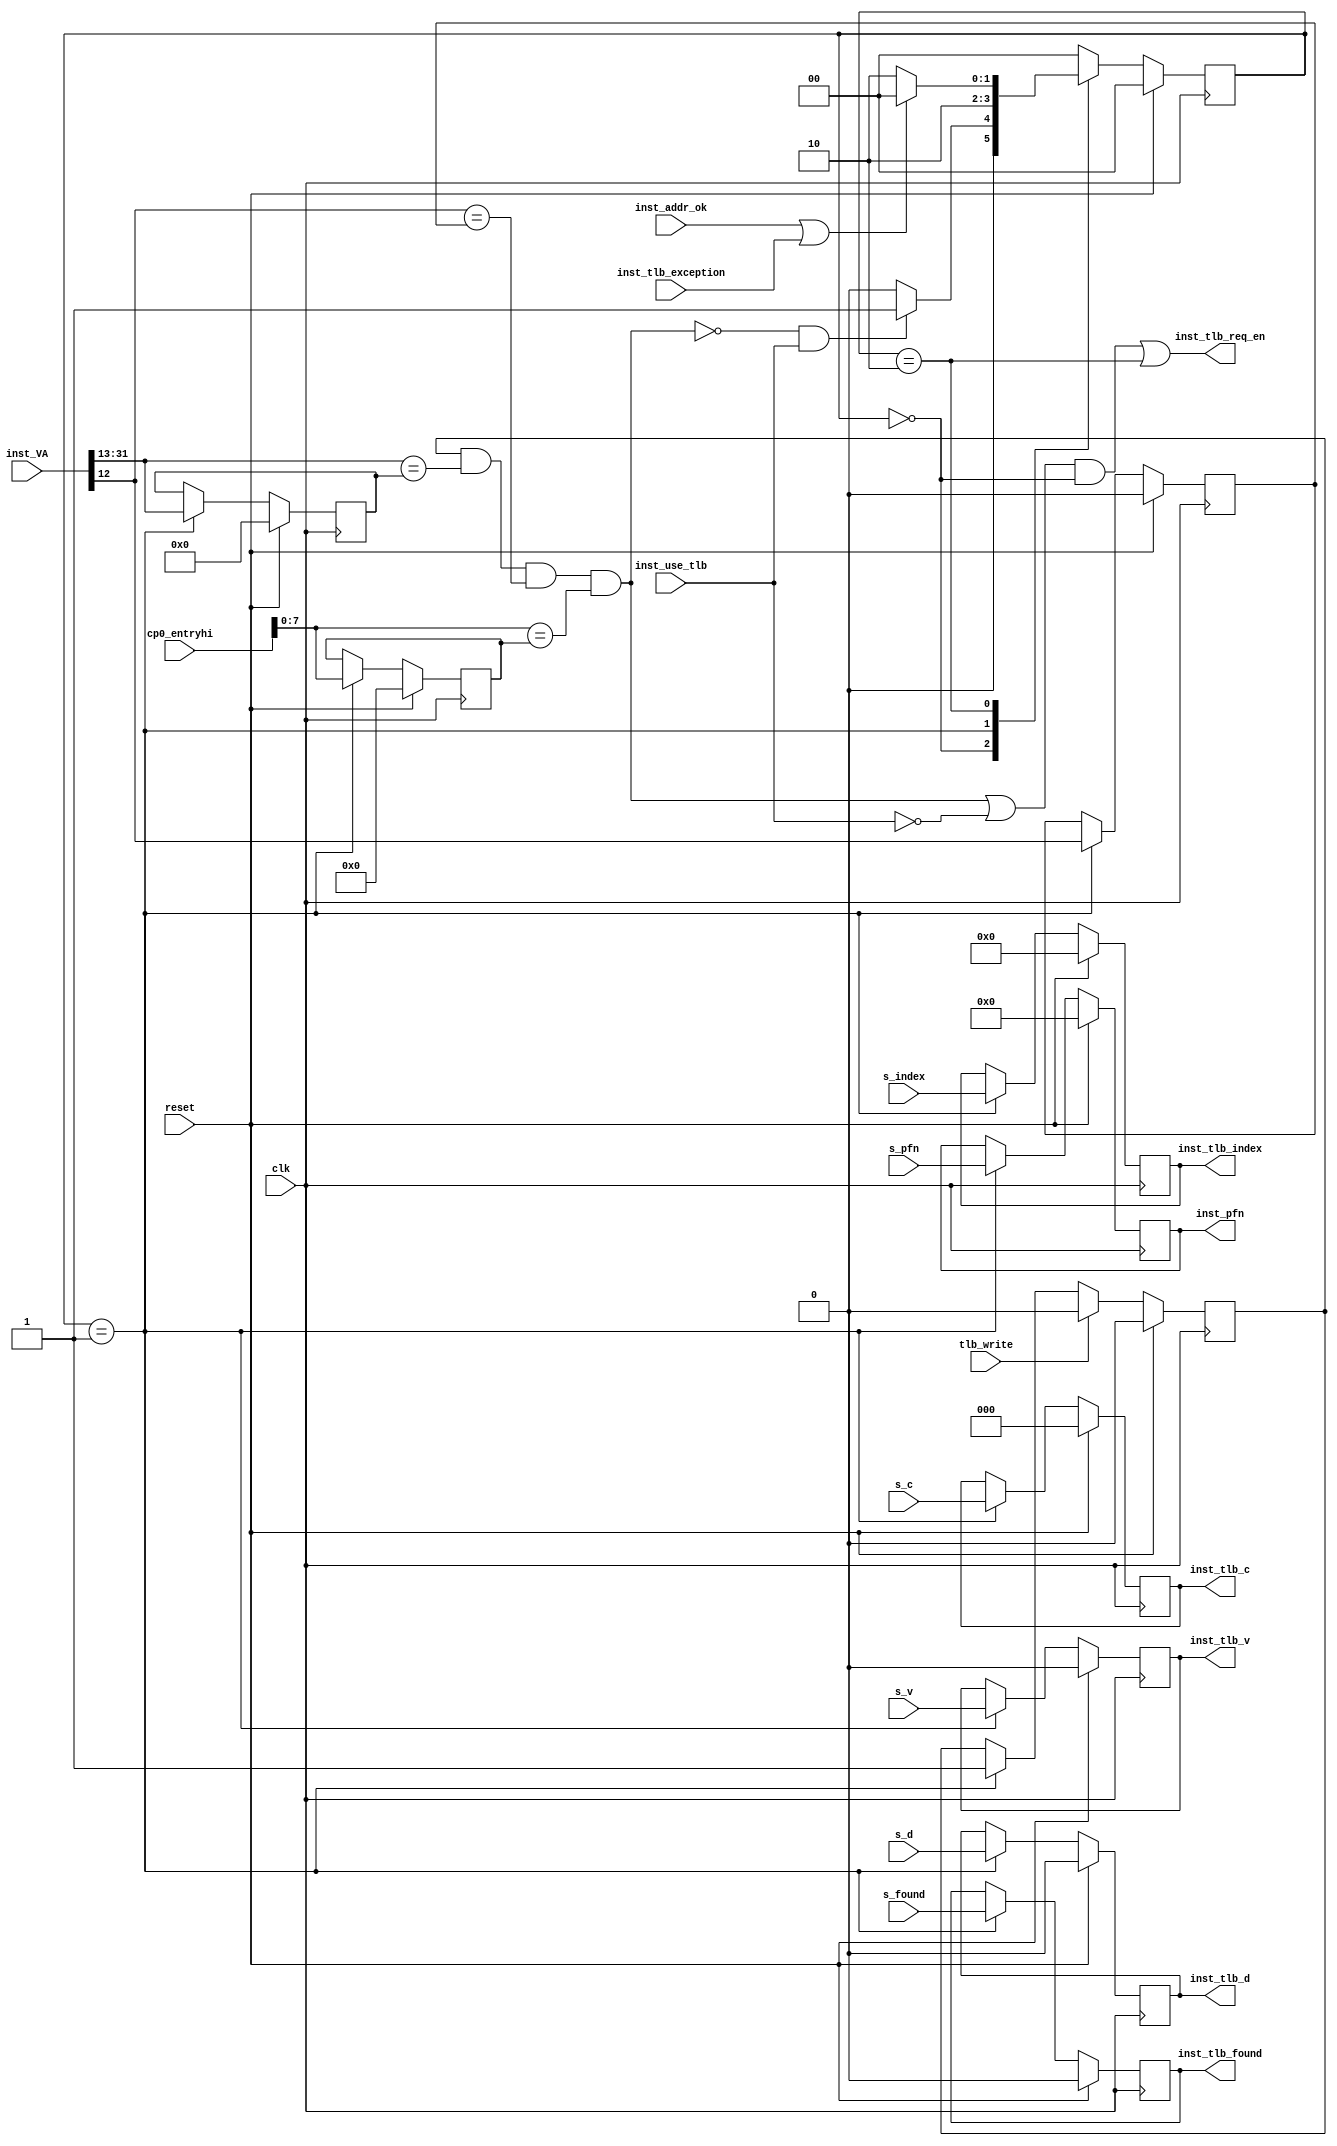
module tlb_cache
(
    input         reset,
    input         clk,
    
    input  [ 3:0] s_index,
    input         s_found,
    input  [19:0] s_pfn,
    input  [2:0]  s_c,
    input         s_d,
    input         s_v,

    input  [31:0] inst_VA,
    input  [31:0] cp0_entryhi,
    output        inst_tlb_req_en,
    input         inst_addr_ok,
    input         inst_tlb_exception,
    input         inst_use_tlb,

    input          tlb_write,

    output [19 :0] inst_pfn,
    output [ 2: 0] inst_tlb_c,
    output [ 3: 0] inst_tlb_index,
    output         inst_tlb_v,
    output         inst_tlb_d,
    output         inst_tlb_found
);

reg [1 :0] state;
reg [1 :0] nextstate;
reg [18:0] vpn2;
reg [ 3:0] index;
reg odd_page;
reg [7 :0] asid;
reg [19 :0] pfn;
reg [2 :0] tlb_c;
reg tlb_v;
reg tlb_d;
reg tlb_found;
reg tlb_valid;

wire tlb_hit;
assign tlb_hit = tlb_valid & (inst_VA[31:13] == vpn2) & (inst_VA[12] == odd_page) & (cp0_entryhi[7:0] == asid);

always @(posedge clk) begin
    if(reset)   state <= 2'd0;
    else state <= nextstate;
end


always @(*) begin
    case(state) 
    2'b00:  nextstate = (!tlb_hit & inst_use_tlb) ? 2'b01 : 2'b00;
    2'b01:  nextstate = 2'b10;
    2'b10:  nextstate = (inst_addr_ok|inst_tlb_exception) ? 2'b00 : 2'b10;
    default:nextstate = 2'b00;
    endcase
end

always @(posedge clk)
begin
    if(reset) tlb_valid <= 1'b0;
    else if (tlb_write) tlb_valid <= 1'b0;
    else if (state == 2'b01) tlb_valid <= 1'b1;
end

always @(posedge clk)
begin
    if(reset) 
    begin
        vpn2 <= 19'd0;
        odd_page <= 1'b0;
        asid <= 8'd0;
        index <= 4'd0;
        pfn <= 20'd0;
        tlb_c <= 3'd0;
        tlb_d <= 1'b0;
        tlb_v <= 1'b0 ;
        tlb_found <= 1'b0;
    end
    else if(state == 2'b01)
    begin
        vpn2 <= inst_VA[31:13];
        odd_page <= inst_VA[12];
        asid <= cp0_entryhi[7:0];
        index <= s_index;
        pfn <= s_pfn;
        tlb_c <= s_c;
        tlb_v <= s_v;
        tlb_d <= s_d;
        tlb_found <= s_found;
    end
end

assign inst_pfn = pfn;
assign inst_tlb_c = tlb_c;
assign inst_tlb_v = tlb_v;
assign inst_tlb_d = tlb_d;
assign inst_tlb_found = tlb_found;
assign inst_tlb_index = index; 


assign inst_tlb_req_en = ((tlb_hit | !inst_use_tlb) & (state == 2'b00)) | (state == 2'b10);

endmodule